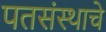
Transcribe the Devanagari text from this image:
पतसंस्थाचे